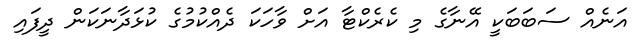
އަނެއް ސަބަބަކީ އޭނާގެ މި ކެރެކްޓާ އަށް ވާހަކަ ދެއްކުމުގެ ކުޅަދާނަކަން ދީފައި